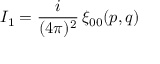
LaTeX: I _ { 1 } = { \frac { i } { ( 4 \pi ) ^ { 2 } } } \, \xi _ { 0 0 } ( p , q )